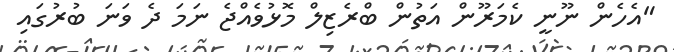
"އެހެން ނޫނީ ކެމަރޫން އަތުން ބްރެޒިލް މޮޅުވެއްޖެ ނަމަ ދެ ވަނަ ބުރުގައި